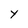
Character: Y